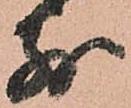
別